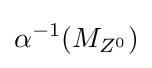
\alpha ^{-1}(M_{Z^{0}})